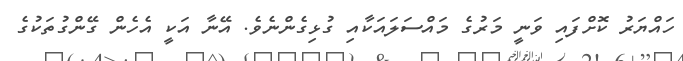
ހައްޔަރު ކޮށްފައި ވަނީ މަރުގެ މައްސަލައަކާއި ގުޅިގެންނެވެ. އޭނާ އަކީ އެހެން ގޭންގުތަކުގެ